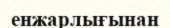
енжарлығынан